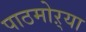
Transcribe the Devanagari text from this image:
पाठमोऱ्या